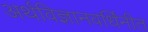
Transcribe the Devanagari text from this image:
अर्थविज्ञानवर्धिनीत